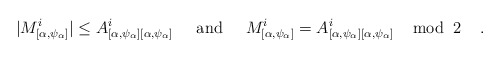
\begin{align*} |M^i_{[\alpha, \psi_{\alpha}]}| \leq A^i_{[\alpha, \psi_{\alpha}][\alpha, \psi_{\alpha}]} \;\;\;\;\; {\rm and} \;\;\;\;\; M^i_{[\alpha, \psi_{\alpha}]} = A^i_{[\alpha, \psi_{\alpha}][\alpha, \psi_{\alpha}]} \;\;\;\; {\rm mod} \;\; 2 \;\;\;\; .\end{align*}